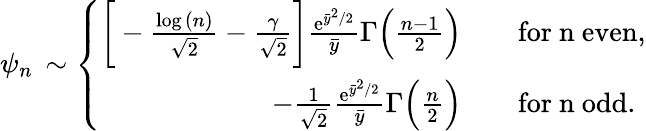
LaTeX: \psi_{n}\, \sim\left\{ \begin{array}{rl}{\bigg[-\frac{\log{(n)}}{\sqrt{2}}-\frac{\gamma}{\sqrt{2}}\bigg]\frac{\mathrm{e}^{\bar{y}^{2}/2}}{\bar{y}}\Gamma\Big(\frac{n-1}{2}\Big)}&{\quad\mathrm{for~n~even},}\\ {-\frac{1}{\sqrt{2}}\frac{\mathrm{e}^{\bar{y}^{2}/2}}{\bar{y}}\Gamma\Big(\frac{n}{2}\Big)}&{\quad\mathrm{for~n~odd}.}\end{array}\right.